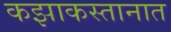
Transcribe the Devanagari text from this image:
कझाकस्तानात